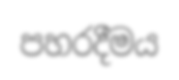
පහරදීමය